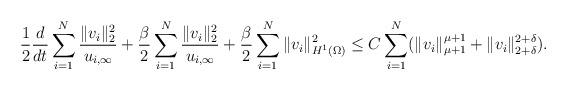
LaTeX: \begin{align*}\frac 12 \frac{d}{dt}\sum_{i=1}^N\frac{\|v_i\|_2^2}{u_{i,\infty}} + \frac \beta 2 \sum_{i=1}^{N}\frac{\|v_i\|_2^2}{u_{i,\infty}}+ \frac \beta 2 \sum_{i=1}^{N}\|v_i\|_{H^1(\Omega)}^2 \leq C\sum_{i=1}^{N}(\|v_i\|_{\mu+1}^{\mu+1} + \|v_i\|_{2+{\delta}}^{2+{\delta}}).\end{align*}